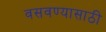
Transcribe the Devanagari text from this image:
वसवण्यासाठी